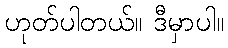
ဟုတ်ပါတယ်။ ဒီမှာပါ။